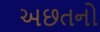
અછતનો